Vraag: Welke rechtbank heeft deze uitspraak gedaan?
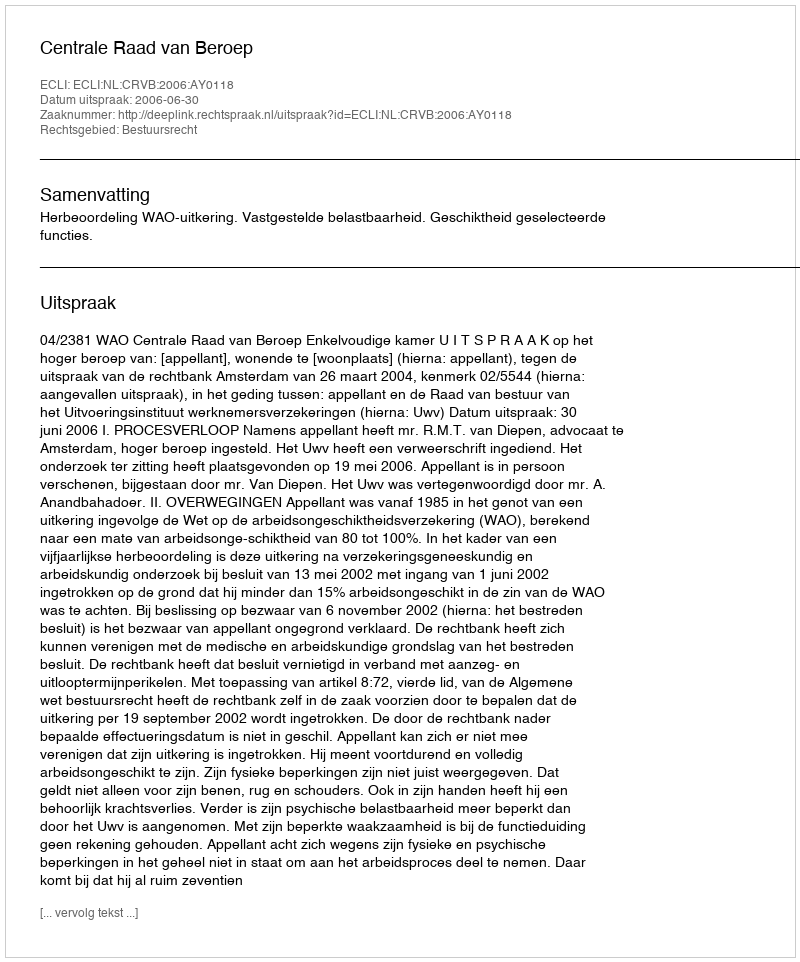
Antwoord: Centrale Raad van Beroep